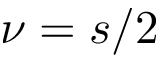
\nu = s / 2